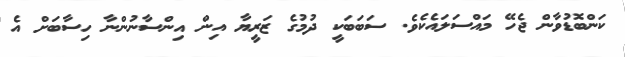
ކަންބޮޑުވާން ޖެހޭ މައްސަލައެކެވެ. ސަބަބަކީ ދުމުގެ ޒަރީޔާ އިން އިންސާނުންނާ ހިސާބަށް އެ